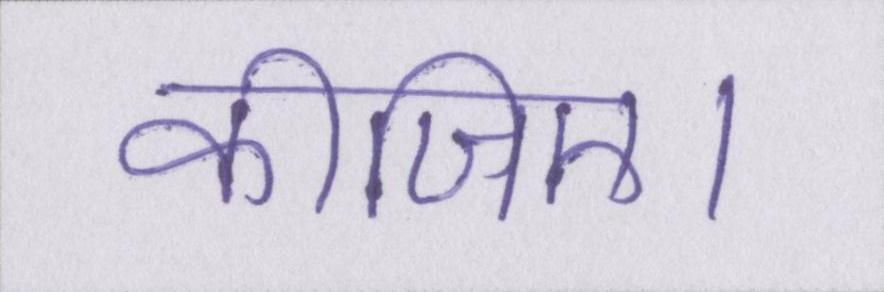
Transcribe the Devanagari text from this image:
कीजिए।